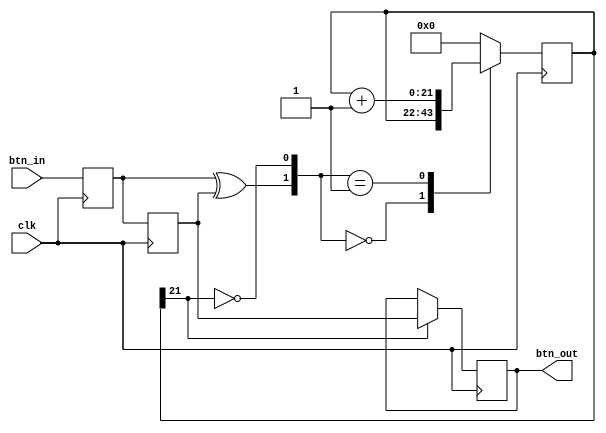
// Source: http://referencedesigner.com/blog/key-debounce-implementation-in-verilog/2649/

`timescale 1ns / 1ps

module debouncer(
    input clk,
    input btn_in,
    output reg btn_out
    );
    
    parameter N = 22;      

    reg  [N-1:0]  delay_count_reg;                     
    reg  [N-1:0]  delay_count_next;
    
    reg flipflop_1, flipflop_2;                                 
    wire q_add;                                     
    wire q_reset;
    
    always @ (posedge clk)
    begin
        flipflop_1 <= btn_in;
        flipflop_2 <= flipflop_1;
        delay_count_reg <= delay_count_next;
    end
 
 
    assign q_reset = (flipflop_1 ^ flipflop_2);
                                  
    assign  q_add = ~(delay_count_reg[N-1]);     
 

    always @ (q_reset, q_add, delay_count_reg)
        begin
            case ({q_reset, q_add})
                0:
                    delay_count_next <= delay_count_reg;
                1:
                    delay_count_next <= delay_count_reg + 1;
                default:
                    delay_count_next <= 0;
            endcase
        end
 
    always @ (posedge clk)
        if(delay_count_reg[N-1] == 1'b1)
                btn_out <= flipflop_2;
        else
                btn_out <= btn_out;
endmodule